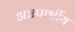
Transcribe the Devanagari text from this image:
अष्टपार्श्वीय